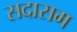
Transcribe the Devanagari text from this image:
सदासम